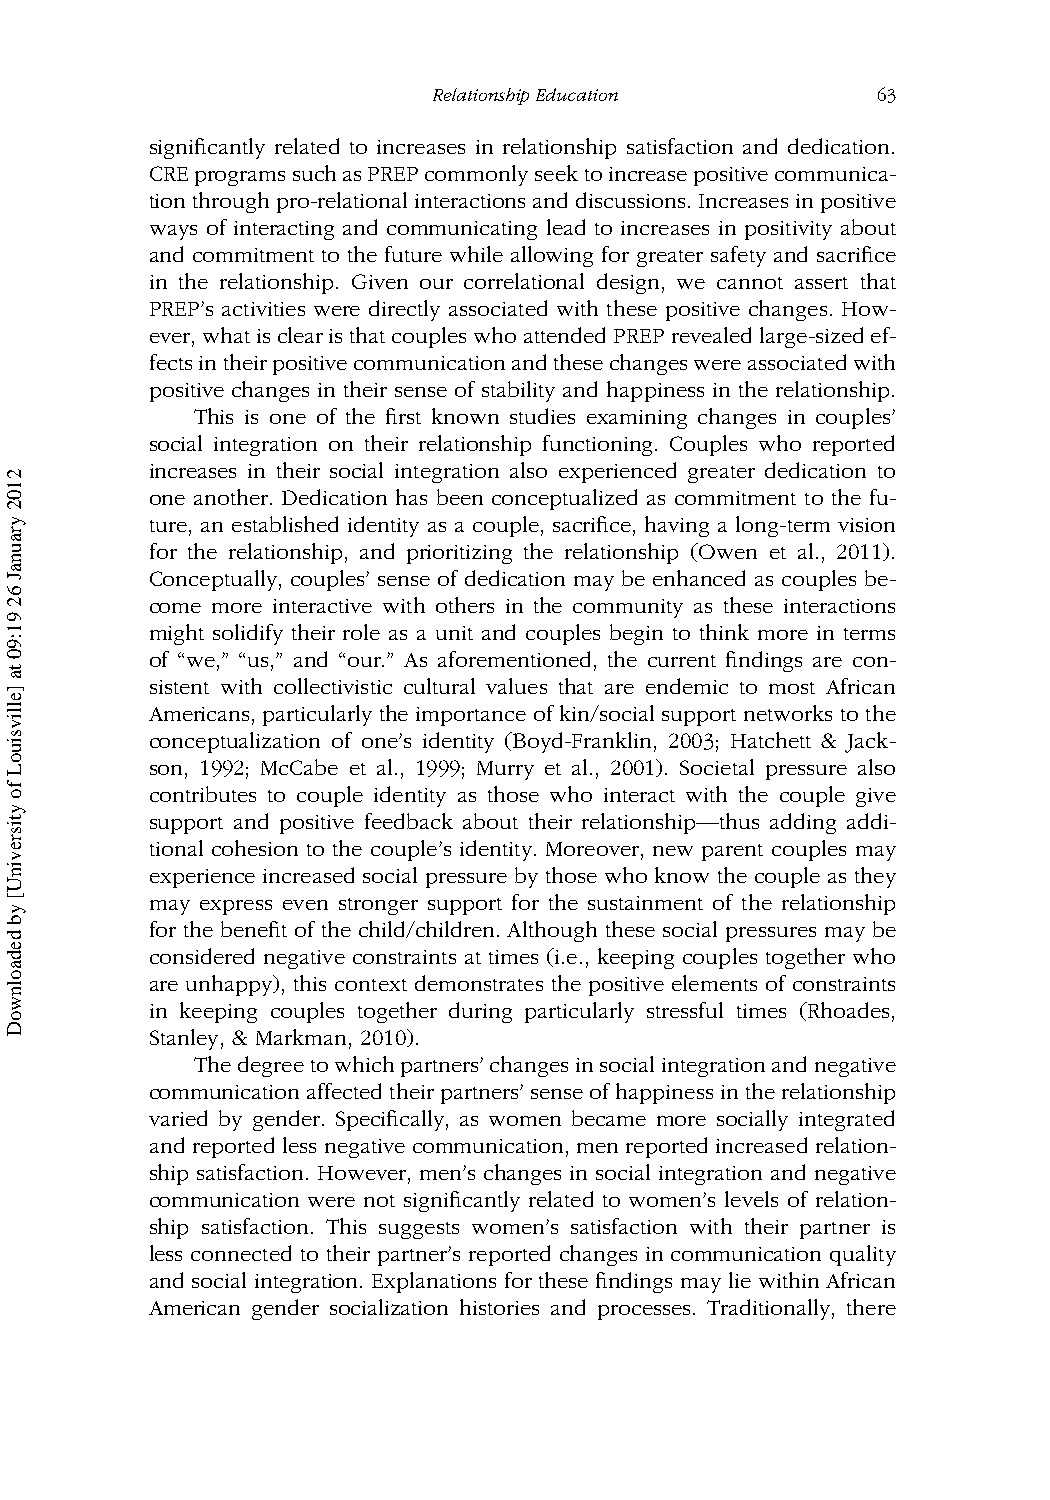
RelationshipEducation        63
 significantly related to increases in relationship satisfaction and dedication.
 CREprogramssuchasPREPcommonlyseektoincreasepositivecommunica-
 tionthroughpro-relationalinteractionsanddiscussions.Increasesinpositive
 ways of interacting and communicating lead to increases in positivity about
 and commitment to the future while allowing for greater safety and sacrifice
 in the relationship. Given our correlational design, we cannot assert that
 PREP’s activities were directly associated with these positive changes. How-
 ever,whatisclearisthatcoupleswhoattendedPREPrevealedlarge-sizedef-
 fectsintheirpositivecommunicationandthesechangeswereassociatedwith
 positive changes in their sense of stability and happiness in the relationship.
 This is one of the first known studies examining changes in couples’
 social integration on their relationship functioning. Couples who reported
 increases in their social integration also experienced greater dedication to
 one another. Dedication has been conceptualized as commitment to the fu-
 ture, an established identity as a couple, sacrifice, having a long-term vision
 for the relationship, and prioritizing the relationship (Owen et al., 2011).
 Conceptually, couples’ sense of dedication may be enhanced as couples be-
 come more interactive with others in the community as these interactions
 might solidify their role as a unit and couples begin to think more in terms
 of “we,” “us,” and “our.” As aforementioned, the current findings are con-
 sistent with collectivistic cultural values that are endemic to most African
 Americans, particularly the importance of kin/social support networks to the
 conceptualization of one’s identity (Boyd-Franklin, 2003; Hatchett & Jack-
 son, 1992; McCabe et al., 1999; Murry et al., 2001). Societal pressure also
 contributes to couple identity as those who interact with the couple give
 support and positive feedback about their relationship—thus adding addi-
 tional cohesion to the couple’s identity. Moreover, new parent couples may
 experience increased social pressure by those who know the couple as they
 may express even stronger support for the sustainment of the relationship
 for the benefit of the child/children. Although these social pressures may be
 considered negative constraints at times (i.e., keeping couples together who
 are unhappy), this context demonstrates the positive elements of constraints
 in keeping couples together during particularly stressful times (Rhoades,
 Stanley, & Markman, 2010).
 Thedegreetowhichpartners’changesinsocialintegrationandnegative
 communicationaffectedtheirpartners’senseofhappinessintherelationship
 varied by gender. Specifically, as women became more socially integrated
 and reported less negative communication, men reported increased relation-
 ship satisfaction. However, men’s changes in social integration and negative
 communication were not significantly related to women’s levels of relation-
 ship satisfaction. This suggests women’s satisfaction with their partner is
 less connected to their partner’s reported changes in communication quality
 and social integration. Explanations for these findings may lie within African
 American gender socialization histories and processes. Traditionally, there
 2102
 yraunaJ
 62
 91:90
 ta
 ]ellivsiuoL
 fo
 ytisrevinU[
 yb
 dedaolnwoD